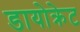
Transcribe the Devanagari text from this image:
डायोक्रेट